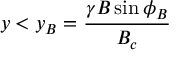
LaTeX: y < y _ { B } = { \frac { \gamma B \sin { \phi _ { B } } } { B _ { c } } }